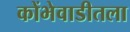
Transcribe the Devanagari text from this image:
कोंभेवाडीतला